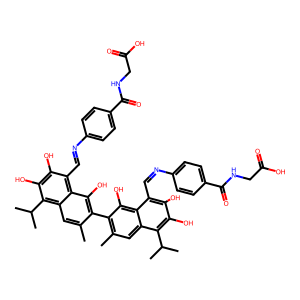
SMILES: Cc1cc2c(C(C)C)c(O)c(O)c(C=Nc3ccc(C(=O)NCC(=O)O)cc3)c2c(O)c1-c1c(C)cc2c(C(C)C)c(O)c(O)c(C=Nc3ccc(C(=O)NCC(=O)O)cc3)c2c1O
Inhibits HIV replication: No